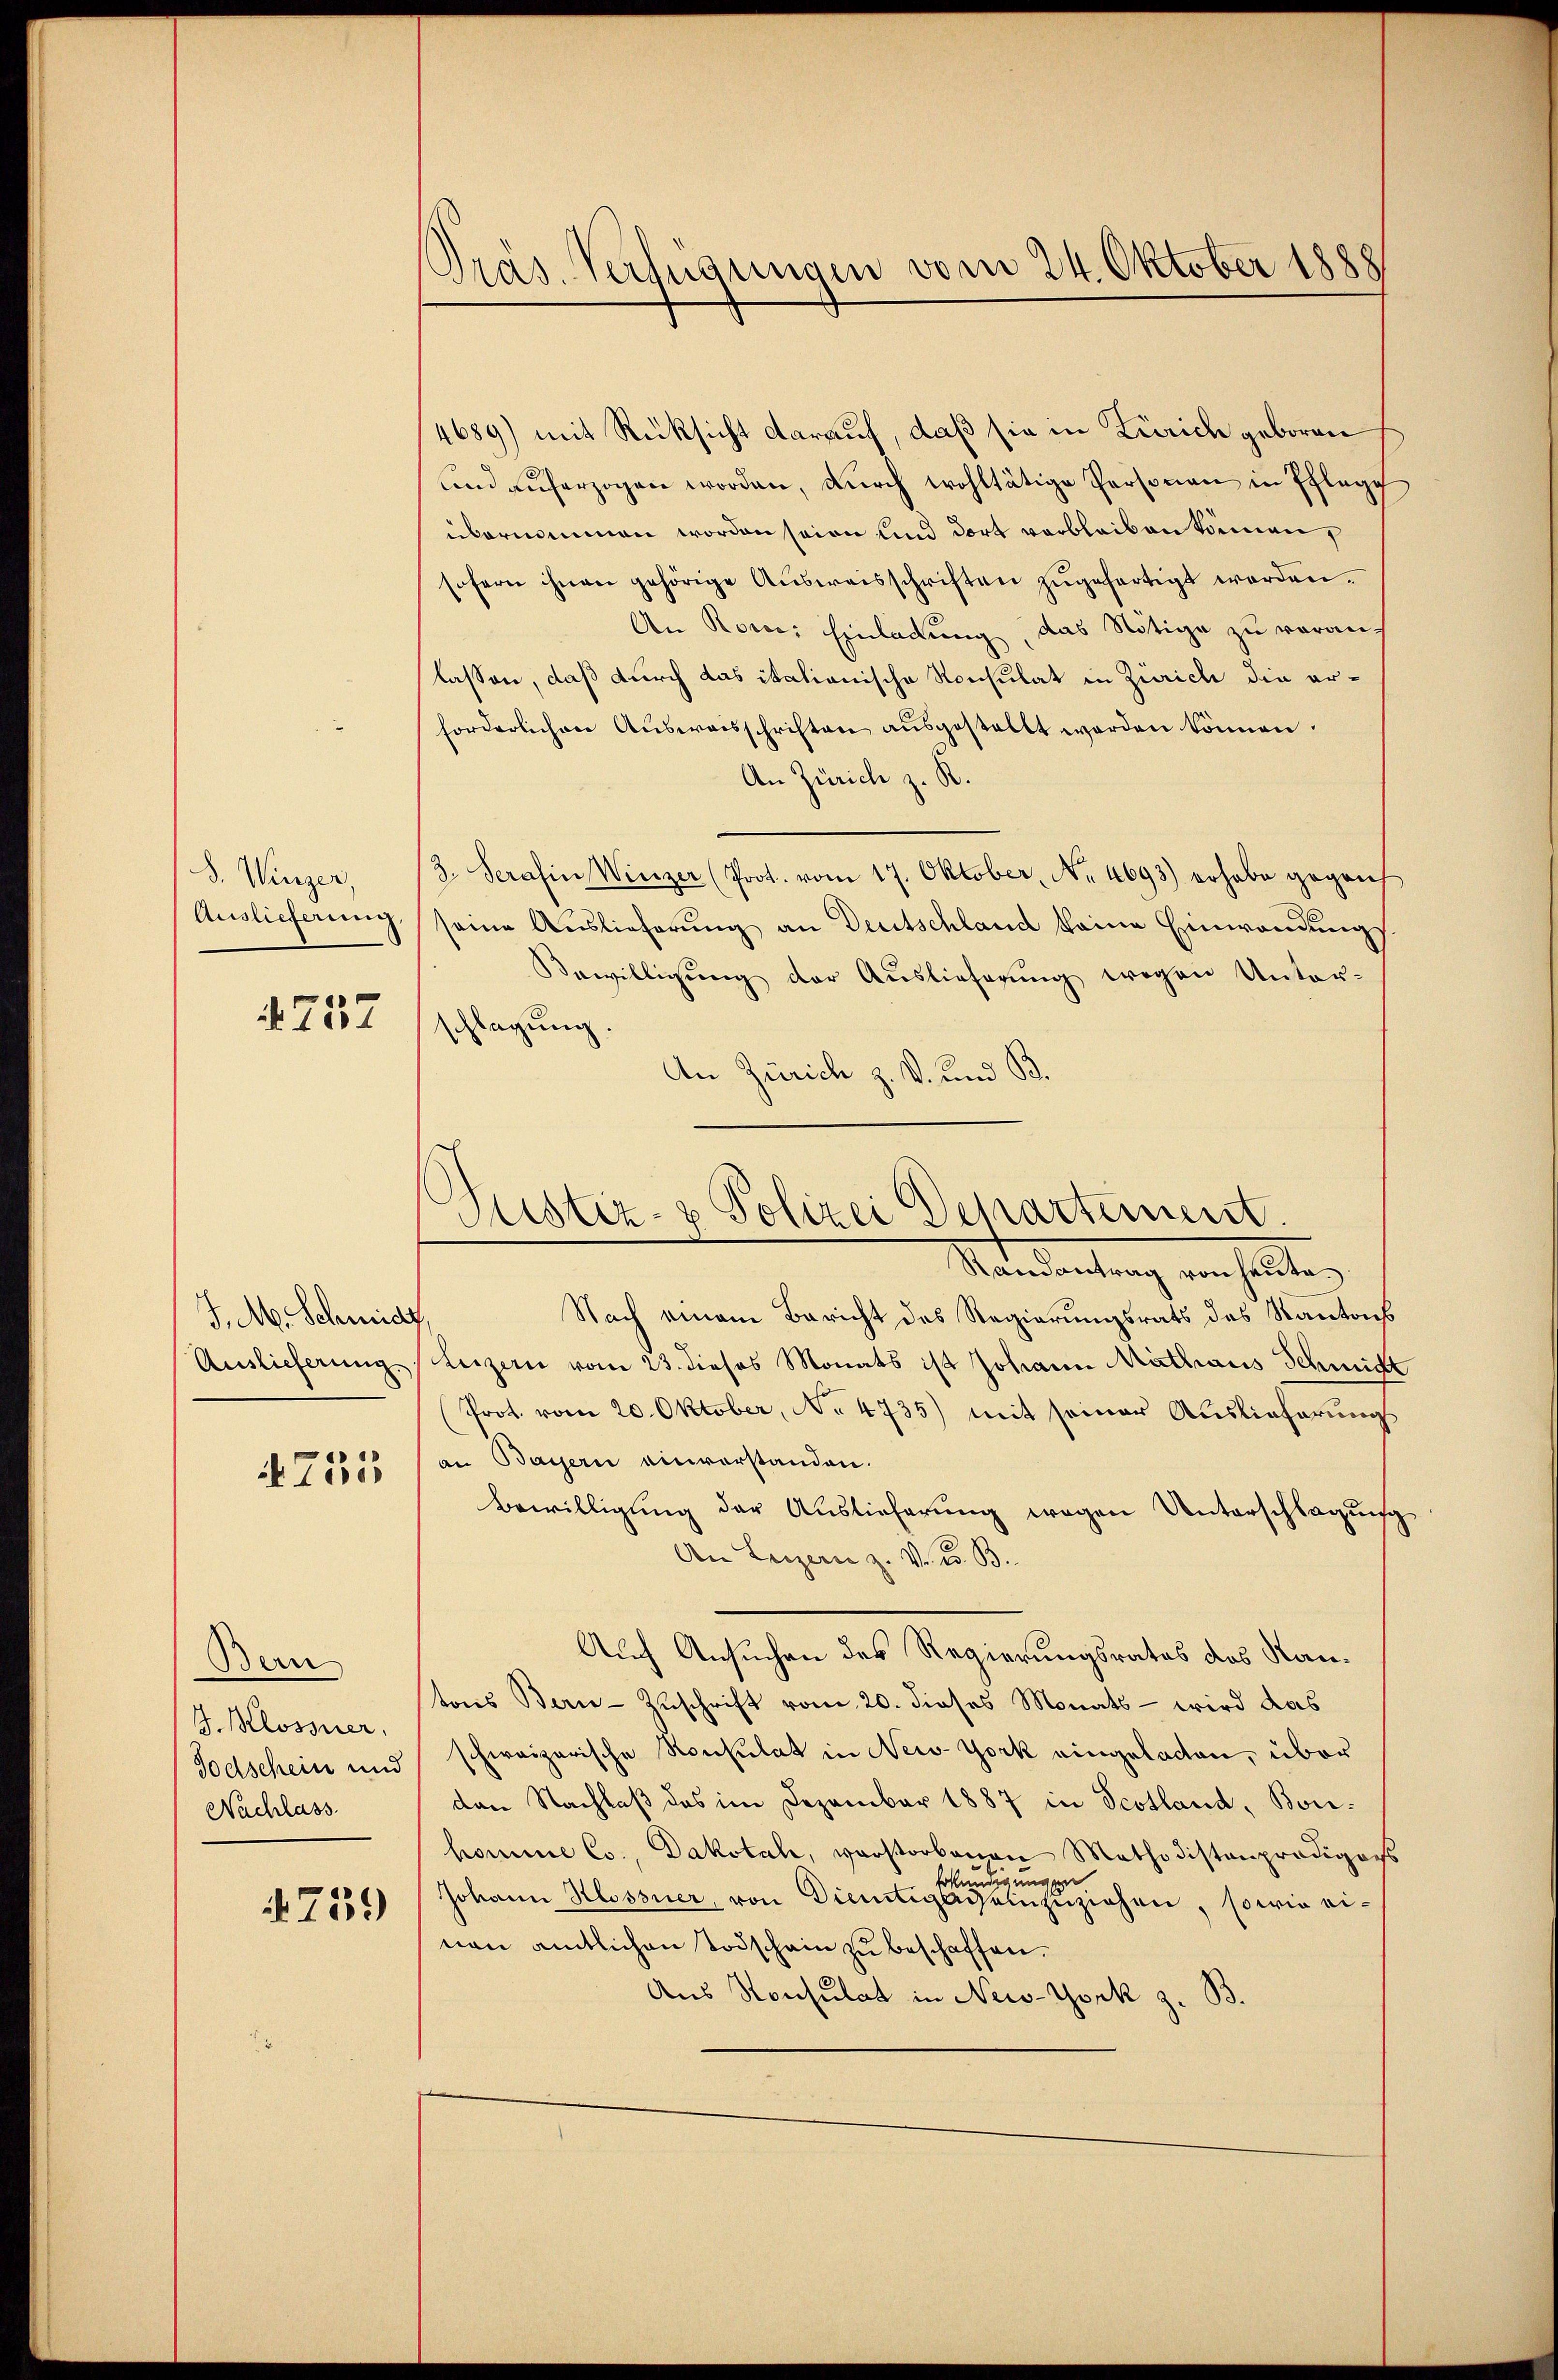
S. Winzer,
Auslieferung

757

J. M. Schmidt
Auslieferung.

755

Bern
J. Blossner,
Todschein und
Nachlass

759

Präs. Verfügungen vom 24. Oktober 1888

4689) mit Rücksicht darauf, daß sie in Zürich geboren
und aŭferzogen worden, dŭrch wohltätige Personau in Pflege
übernommen worden seien und dort verbleiben können,
sofern ihnen gehörige Aŭsweisschriften zŭgefertigt werden.
An Rover Einladung, das Nötige zu vorauf
lassen, daß durch das italionische Konsulat in Zürich die erforderlichen Aŭsweisschriften aŭsgestellt werden können.
An Zürich z. R.
2. Serafin Winzer (Prot. vom 17. Oktober, Nr. 4693) erhabe gegens
seine Auslieferung an Deutschland keine Einwendungs
Bewilligung der Auslieferung wegen Unter-
tlagung.
d
An Zürich z. V. und B.
Randantrag von heŭte
Nach einem Bericht des Regierungsrats des Kantons
Luzern vom 23. dieses Monats ist Johann Mathaus Schmitt
Prot. vom 20. Oktober, No 4735) mit seiner Auslieferungsan Bayern einverstanden.
Bewilligung der Auslieferung wegen Unterschlagung
An Luzern z. V. B. B
Auch Ansuchen des Regierungsrates des Kantons Bern Zuschrift vom 20. dieses Monats - wird das
schweizerische Konsulat in New-York eingelacten, über
den Nachlaß des im Dezember 1887 in Scotland, Bone-
homme Co. Dakotah, verstorbenen Methodistenprodigors
Erkundigungen.
Johann Klossner, von Dienstigenseinzuziehen, sowie einen amtlichen Todschain zu beschaffen.
Aus Konsulat in New-York z. B.

Justiz- & Polizei Departement